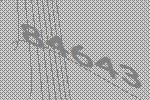
84643